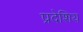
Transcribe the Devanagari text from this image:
प्रदेशिय